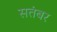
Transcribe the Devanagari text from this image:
सतंबर